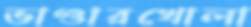
ভাণ্ডারখোলা